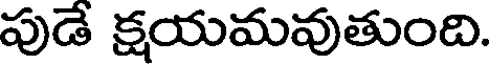
పుడే క్షయమవుతుంది.